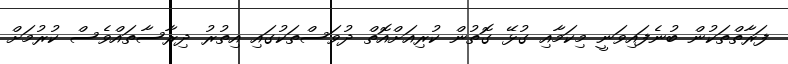
ފަރާތްތަކުން ބުނެފައިވަނީ މިކަމާއި ގުޅޭ ގޮތުން ކުރިއަށްއޮތް ދުވަސްތަކުގައި އިތުރު ދިރާސާތައްވެސް ކުރުމަށް